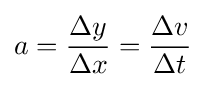
a={\frac {\Delta y}{\Delta x}}={\frac {\Delta v}{\Delta t}}